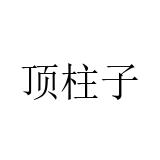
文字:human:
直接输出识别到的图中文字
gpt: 顶柱子